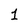
Character: 1